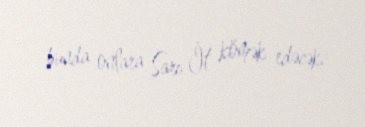
bunda onlara Sarı İt kömək edəcək.